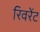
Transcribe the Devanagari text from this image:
रिवरेंट